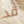
قد